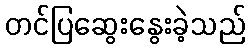
တင်ပြဆွေးနွေးခဲ့သည်